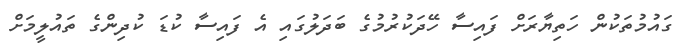
ގައުމުތަކުން ހަތިޔާރަށް ފައިސާ ހޭދަކުރުމުގެ ބަދަލުގައި އެ ފައިސާ ކުޑަ ކުދިންގެ ތައުލީމަށް